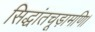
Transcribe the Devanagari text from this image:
सिद्धांतचूड़ामणि।